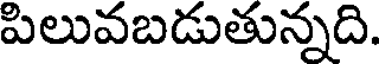
పిలువబడుతున్నది.